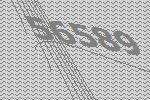
56589